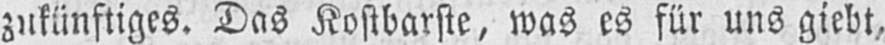
zukünftiges. Das Kostbarste, was es für uns giebt,